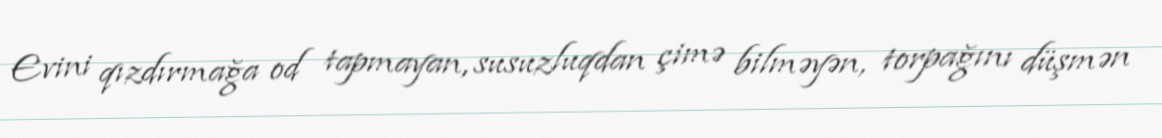
Evini qızdırmağa od tapmayan, susuzluqdan çimə bilməyən, torpağını düşmən